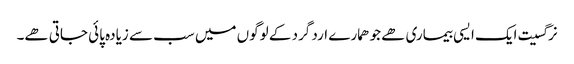
نرگسیت ایک ایسی بیماری ھے جو ھمارے ارد گرد کے لوگوں میں سب سے زیادہ پائی جاتی ھے۔